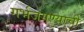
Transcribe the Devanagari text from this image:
गर्भजगण्याची